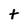
Character: t